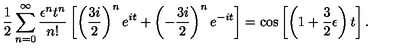
{ \frac { 1 } { 2 } } \sum _ { n = 0 } ^ { \infty } { \frac { \epsilon ^ { n } t ^ { n } } { n ! } } \left[ \left( { \frac { 3 i } { 2 } } \right) ^ { n } e ^ { i t } + \left( - { \frac { 3 i } { 2 } } \right) ^ { n } e ^ { - i t } \right] = \cos \left[ \left( 1 + { \frac { 3 } { 2 } } \epsilon \right) t \right] .